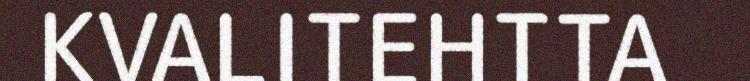
KVALITEHTTA